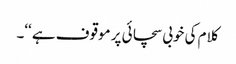
کلام کی خوبی سچائی پر موقوف ہے ‘‘۔